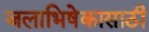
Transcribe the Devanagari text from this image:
जलाभिषेकासाठी